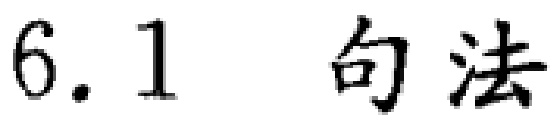
6.1 句法